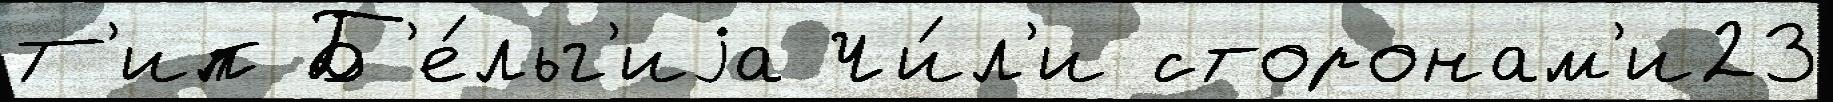
Т'ип Б'е́льг'иjа Чи́л'и сторонам'и23